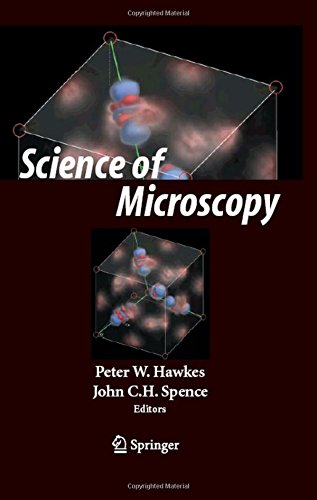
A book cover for Science of Microscopy (v. 1&2); Science & Math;